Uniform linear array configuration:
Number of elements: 8
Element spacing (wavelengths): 0.75
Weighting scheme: hann
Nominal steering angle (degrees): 30
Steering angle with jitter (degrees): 31.198
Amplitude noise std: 0.05
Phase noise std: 0.05

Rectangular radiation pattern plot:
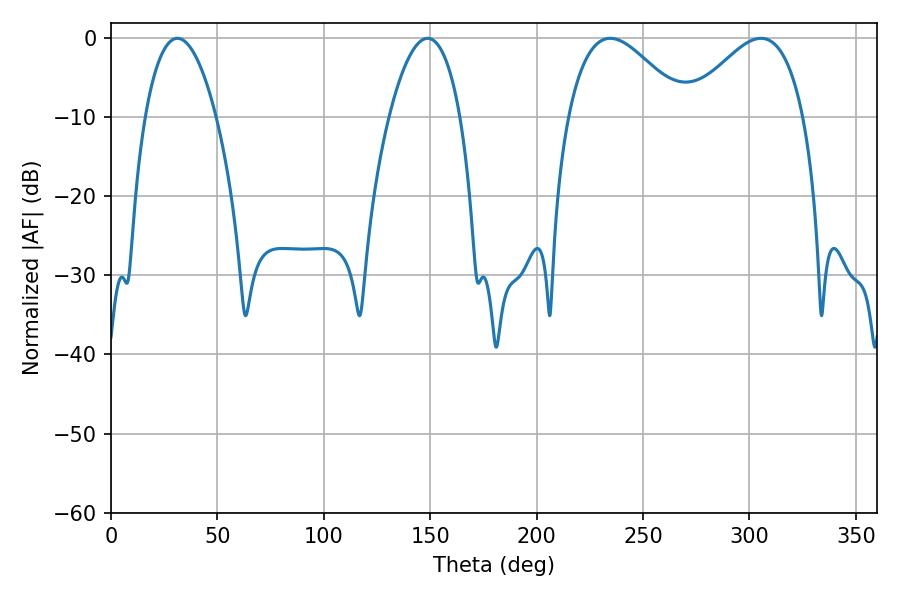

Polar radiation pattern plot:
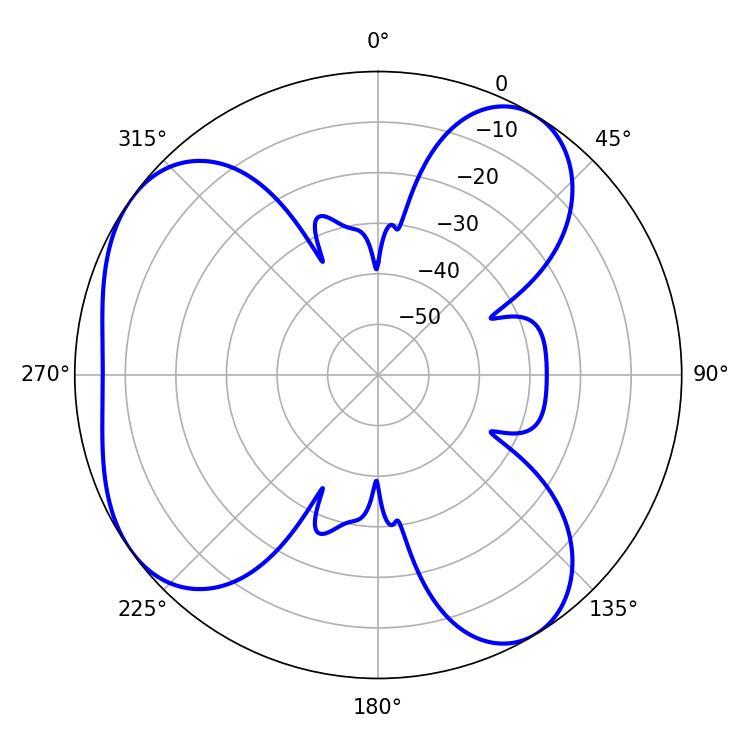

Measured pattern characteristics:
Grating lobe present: TRUE
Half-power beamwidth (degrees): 29.7
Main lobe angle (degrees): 234.54